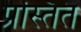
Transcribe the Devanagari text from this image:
प्रस्तित